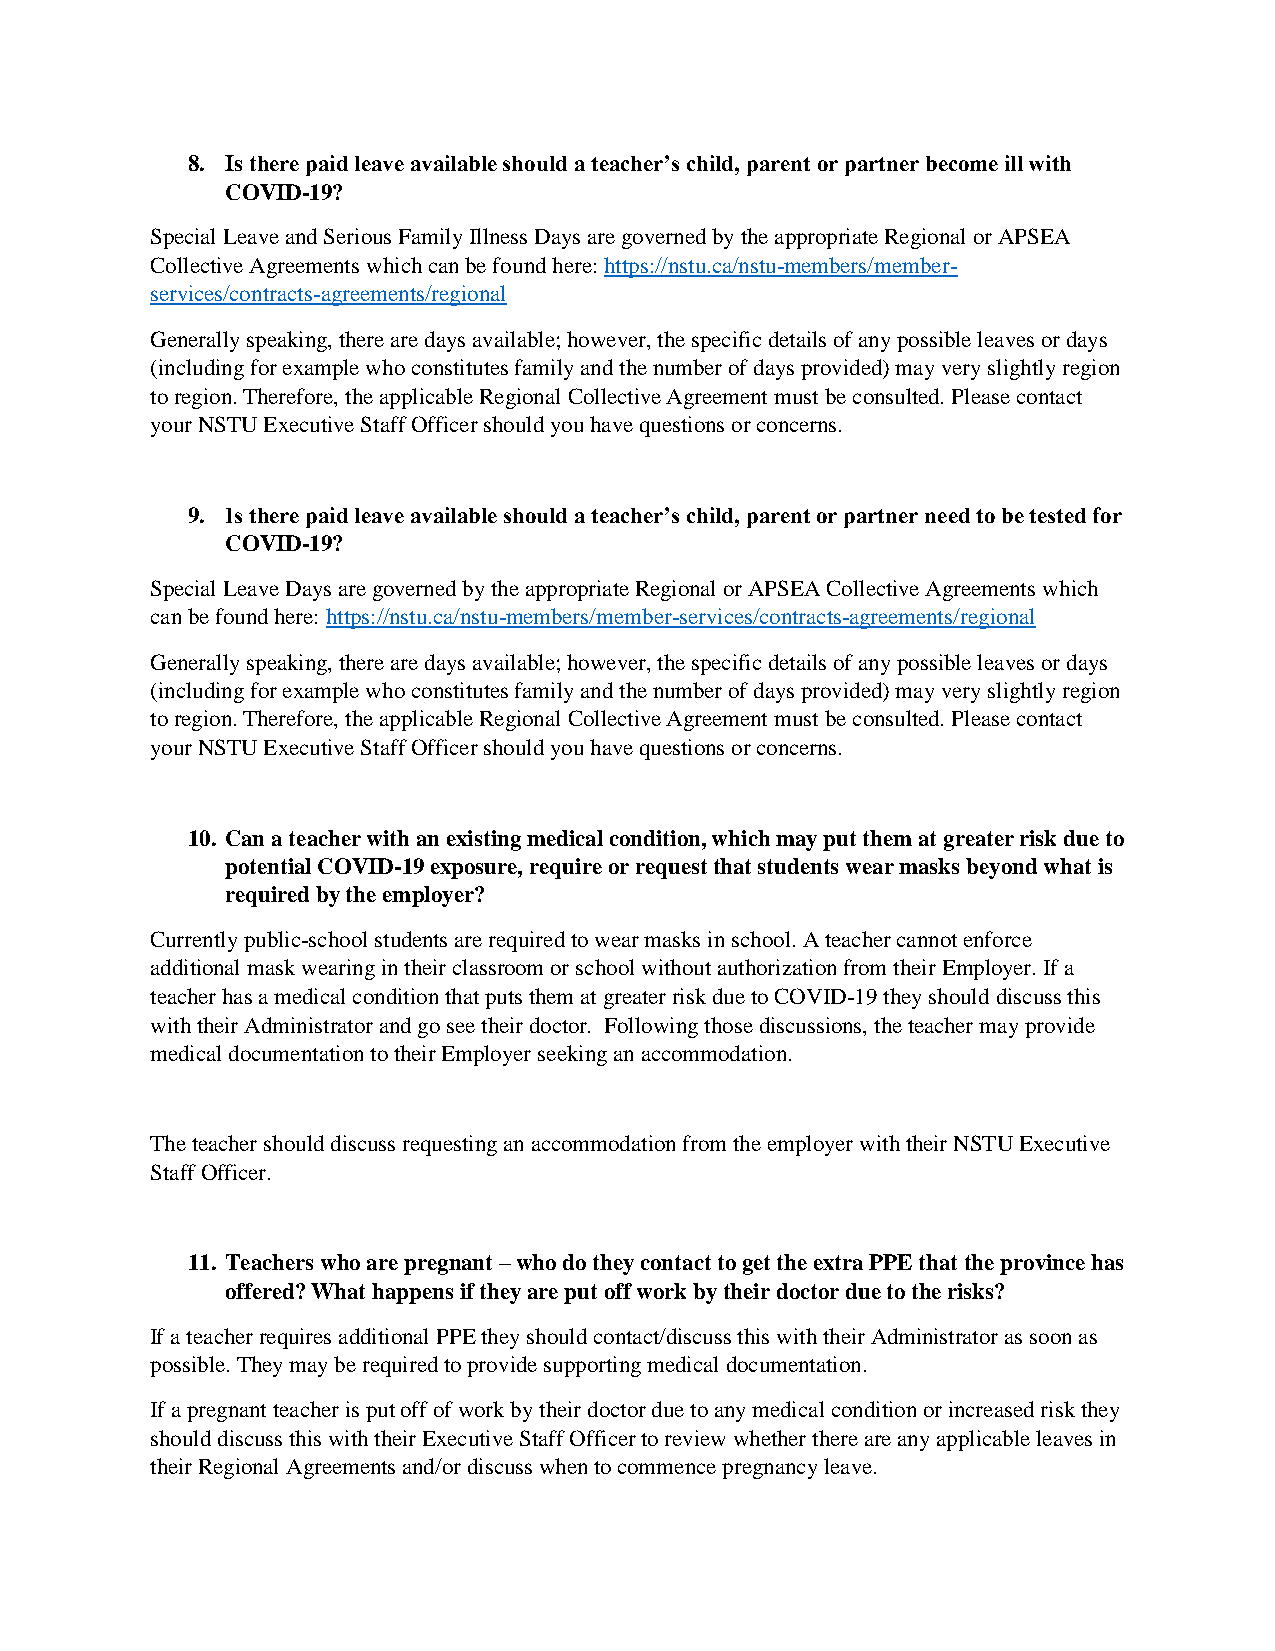
8. Is there paid leave available should a teacher’s child, parent or partner become ill with
 COVID-19?
 Special Leave and Serious Family Illness Days are governed by the appropriate Regional or APSEA
 Collective Agreements which can be found here: https://nstu.ca/nstu-members/member-
 services/contracts-agreements/regional
 Generally speaking, there are days available; however, the specific details of any possible leaves or days
 (including for example who constitutes family and the number of days provided) may very slightly region
 to region. Therefore, the applicable Regional Collective Agreement must be consulted. Please contact
 your NSTU Executive Staff Officer should you have questions or concerns.
 9. Is there paid leave available should a teacher’s child, parent or partner need to be tested for
 COVID-19?
 Special Leave Days are governed by the appropriate Regional or APSEA Collective Agreements which
 can be found here: https://nstu.ca/nstu-members/member-services/contracts-agreements/regional
 Generally speaking, there are days available; however, the specific details of any possible leaves or days
 (including for example who constitutes family and the number of days provided) may very slightly region
 to region. Therefore, the applicable Regional Collective Agreement must be consulted. Please contact
 your NSTU Executive Staff Officer should you have questions or concerns.
 10. Can a teacher with an existing medical condition, which may put them at greater risk due to
 potential COVID-19 exposure, require or request that students wear masks beyond what is
 required by the employer?
 Currently public-school students are required to wear masks in school. A teacher cannot enforce
 additional mask wearing in their classroom or school without authorization from their Employer. If a
 teacher has a medical condition that puts them at greater risk due to COVID-19 they should discuss this
 with their Administrator and go see their doctor. Following those discussions, the teacher may provide
 medical documentation to their Employer seeking an accommodation.
 The teacher should discuss requesting an accommodation from the employer with their NSTU Executive
 Staff Officer.
 11. Teachers who are pregnant – who do they contact to get the extra PPE that the province has
 offered? What happens if they are put off work by their doctor due to the risks?
 If a teacher requires additional PPE they should contact/discuss this with their Administrator as soon as
 possible. They may be required to provide supporting medical documentation.
 If a pregnant teacher is put off of work by their doctor due to any medical condition or increased risk they
 should discuss this with their Executive Staff Officer to review whether there are any applicable leaves in
 their Regional Agreements and/or discuss when to commence pregnancy leave.